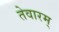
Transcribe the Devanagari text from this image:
तेवारम्‌